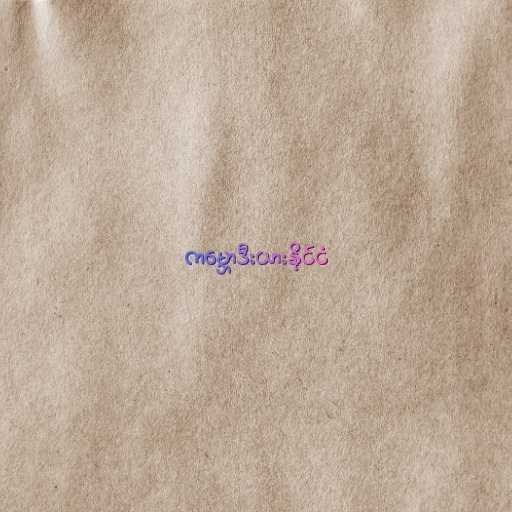
ကမ္ဘောဒီးယားနိုင်ငံ